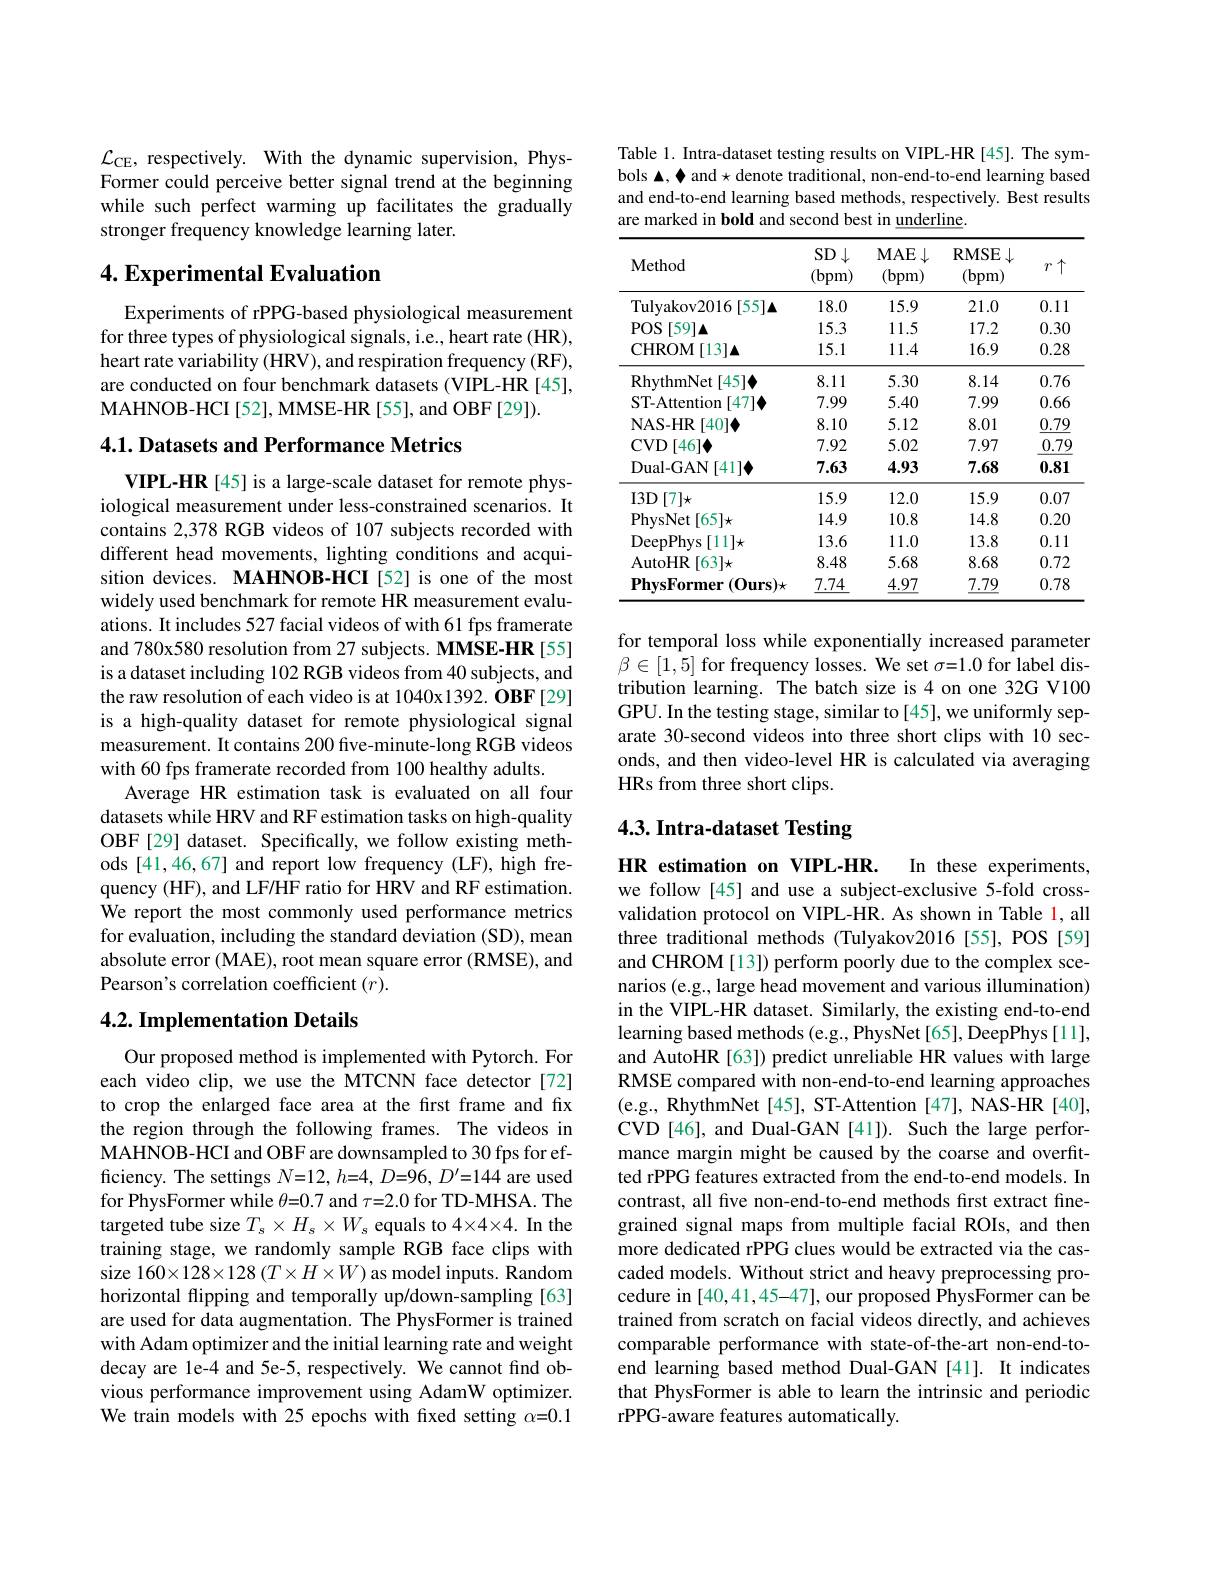
$\mathcal{L}_{\mathrm{CE}}$, respectively. With the dynamic supervision, PhysFormer could perceive better signal trend at the beginning while such perfect warming up facilitates the gradually stronger frequency knowledge learning later.

## 4. Experimental Evaluation

Experiments of rPPG-based physiological measurement for three types of physiological signals, i.e., heart rate (HR), heart rate variability (HRV), and respiration frequency (RF), are conducted on four benchmark datasets (VIPL-HR [45], MAHNOB- HCI [ 52] , MMSE- HR [ 55] , and OBF [ 29] ) .

## 4.1. Datasets and Performance Metrics

VIPL-HR [45] is a large-scale dataset for remote physiological measurement under less-constrained scenarios. It contains 2,378 RGB videos of 107 subjects recorded with different head movements, lighting conditions and acquisition devices. MAHNOB-HCI[52] is one of the most widely used benchmark for remote HR measurement evaluations. It includes 527 facial videos of with 61 fps framerate and 780x580 resolution from 27 subjects. MMSE-HR [55] is a dataset including 102 RGB videos from 40 subjects, and the raw resolution of each video is at 1040x1392. OBF[29] is a high-quality dataset for remote physiological signal measurement. It contains 200 five-minute-long RGB videos with 60 fps framerate recorded from 100 healthy adults.
Average HR estimation task is evaluated on all four datasets while HRV and RF estimation tasks on high-quality OBF[29] dataset. Specifically, we follow existing methods [41,46,67] and report low frequency (LF), high frequency (HF), and LF/HF ratio for HRV and RF estimation. We report the most commonly used performance metrics for evaluation, including the standard deviation (SD), mean absolute error (MAE), root mean square error (RMSE), and Pearson's correlation coefficient $(r).$

### 4.2. Implementation Details

Our proposed method is implemented with Pytorch. For each video clip, we use the MTCNN face detector [72] to crop the enlarged face area at the first frame and fix the region through the following frames. The videos in MAHNOB-HCI and OBF are downsampled to 30 fps for efficiency. The settings $N=12,h=4,D=96,D^{\prime}=144$ are used for PhysFormer while $\theta=0.7$ and $\tau=2.0$ for TD-MHSA. The targeted tube size $T_s\times H_s\times W_s$ equals to 4×4×4. In the training stage, we randomly sample RGB face clips with size 160×128×128 $(T×H×W)$ as model inputs. $\hat{\text{Random}}$ horizontal flipping and temporally up/down-sampling [63] are used for data augmentation. The PhysFormer is trained with Adam optimizer and the initial learning rate and weight decay are le-4 and 5e-5, respectively. We cannot find obvious performance improvement using AdamW optimizer. We train models with 25 epochs with fixed setting $\alpha=0.1$

Table 1. Intra-dataset testing results on VIPL-HR [45]. The symbols▲, 个 and $\star$ denote traditional, non-end-to-end learning based and end-to-end learning based methods, respectively. Best results are marked in bold and second best in underline.

<table>
	<tbody>
		<tr>
			<th>Method</th>
			<th>$SD\downarrow$ (bpm)</th>
			<th>$MAE\downarrow$ (bpm)</th>
			<th>RMSE$\downarrow$ (bpm)</th>
			<th>$\uparrow$ $T$</th>
		</tr>
		<tr>
			<td>Tulyakov2016 $[55]\boldsymbol{\Delta}$</td>
			<td>18.0</td>
			<td>15.9</td>
			<td>21.0</td>
			<td>0.11</td>
		</tr>
		<tr>
			<td>$POS$ $[59]\boldsymbol{\Delta}$</td>
			<td>15.3</td>
			<td>11.5</td>
			<td>17.2</td>
			<td>0.30</td>
		</tr>
		<tr>
			<td>CHROM[ 13] ▲</td>
			<td>15.1</td>
			<td>11.4</td>
			<td>16.9</td>
			<td>0.28</td>
		</tr>
		<tr>
			<td>${\mathrm{RhythmNet}}$ [45]</td>
			<td>8.11</td>
			<td>5.30</td>
			<td>8.14</td>
			<td>0.76</td>
		</tr>
		<tr>
			<td>ST-Attention [47]</td>
			<td>7.99</td>
			<td>5.40</td>
			<td>7.99</td>
			<td>0.66</td>
		</tr>
		<tr>
			<td>NAS- HR [40]</td>
			<td>8.10</td>
			<td>5.12</td>
			<td>8.01</td>
			<td>0.79</td>
		</tr>
		<tr>
			<td>$CVD$ [46]</td>
			<td>7.92</td>
			<td>5.02</td>
			<td>7.97</td>
			<td>0.79</td>
		</tr>
		<tr>
			<td>Dual- GAN[ 41] </td>
			<td>7.63</td>
			<td>4.93</td>
			<td>7.68</td>
			<td>0.81</td>
		</tr>
		<tr>
			<td>I3D$[ 7] \star$</td>
			<td>15.9</td>
			<td>12.0</td>
			<td>15.9</td>
			<td>0.07</td>
		</tr>
		<tr>
			<td>PhysNet $t[65]\star$</td>
			<td>14.9</td>
			<td>10.8</td>
			<td>14.8</td>
			<td>0.20</td>
		</tr>
		<tr>
			<td>DeepPhys [ 11] $\star$</td>
			<td>13.6</td>
			<td>11.0</td>
			<td>13.8</td>
			<td>0.11</td>
		</tr>
		<tr>
			<td>AutoHR $[63]\star$ </td>
			<td>8.48</td>
			<td>5.68</td>
			<td>8.68</td>
			<td>0.72</td>
		</tr>
		<tr>
			<td>$\mathbf{PhysFormer}$ $(0\mathbf{urs})\star$</td>
			<td>7.74</td>
			<td>4.97</td>
			<td>7.79</td>
			<td>0.78</td>
		</tr>
	</tbody>
</table>

for temporal loss while exponentially increased parameter $\beta\in[1,5]$ for frequency losses. We set $\sigma=1.0$ for label distribution learning. The batch size is 4 on one 32G V100 GPU. In the testing stage, similar to[45], we uniformly separate 30-second videos into three short clips with 10 seconds, and then video-level HR is calculated via averaging HRs from three short clips.

## 4.3. Intra-dataset Testing

HR estimation on VIPL-HR.
In these experiments,
we follow [45] and use a subject-exclusive 5-fold crossvalidation protocol on VIPL-HR. As shown in Table l, all three traditional methods (Tulyakov2016 [55], POS [59] and CHROM [13]) perform poorly due to the complex scenarios (e.g., large head movement and various illumination) in the VIPL-HR dataset. Similarly, the existing end-to-end learning based methods (e.g., PhysNet[65], DeepPhys[11], and AutoHR [63]) predict unreliable HR values with large RMSE compared with non-end-to-end learning approaches (e.g., RhythmNet[45], ST-Attention[47], NAS-HR[40], CVD[46], and Dual-GAN[41]). Such the large performance margin might be caused by the coarse and overfitted rPPG features extracted from the end-to-end models. In contrast, all five non-end-to-end methods first extract finegrained signal maps from multiple facial ROIs, and then more dedicated rPPG clues would be extracted via the cascaded models. Without strict and heavy preprocessing procedure in [40,41,45-47], our proposed PhysFormer can be trained from scratch on facial videos directly, and achieves comparable performance with state-of-the-art non-end-toend learning based method Dual-GAN [41]. It indicates that PhysFormer is able to learn the intrinsic and periodic rPPG-aware features automatically